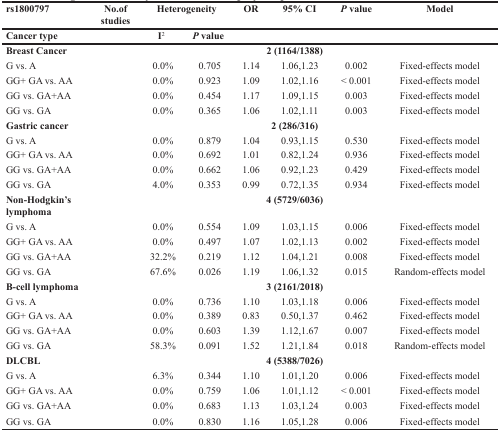
<table><thead><tr><td><b>rs1800797</b></td><td><b>No.ofstudies</b></td><td colspan="3"><b>Heterogeneity</b></td><td><b>OR</b></td><td><b>95% CI</b></td><td><b><i>P</i> value</b></td><td><b>Model</b></td></tr><tr><td colspan="2"><b>Cancer type</b></td><td><b>I<sup>2</sup></b></td><td colspan="2"><b><i>P</i> value</b></td><td colspan="4"></td></tr></thead><tbody><tr><td><b>Breast Cancer</b></td><td colspan="8"><b>2 (1164/1388)</b></td></tr><tr><td>G vs. A</td><td></td><td colspan="2">0.0%</td><td>0.705</td><td>1.14</td><td>1.06,1.23</td><td>0.002</td><td>Fixed-effects model</td></tr><tr><td>GG+ GA vs. AA</td><td></td><td colspan="2">0.0%</td><td>0.923</td><td>1.09</td><td>1.02,1.16</td><td>&lt; 0.001</td><td>Fixed-effects model</td></tr><tr><td>GG vs. GA+AA</td><td></td><td colspan="2">0.0%</td><td>0.454</td><td>1.17</td><td>1.09,1.15</td><td>0.003</td><td>Fixed-effects model</td></tr><tr><td>GG vs. GA</td><td></td><td colspan="2">0.0%</td><td>0.365</td><td>1.06</td><td>1.02,1.11</td><td>0.003</td><td>Fixed-effects model</td></tr><tr><td><b>Gastric cancer</b></td><td colspan="8"><b>2 (286/316)</b></td></tr><tr><td>G vs. A</td><td></td><td colspan="2">0.0%</td><td>0.879</td><td>1.04</td><td>0.93,1.15</td><td>0.530</td><td>Fixed-effects model</td></tr><tr><td>GG+ GA vs. AA</td><td></td><td colspan="2">0.0%</td><td>0.692</td><td>1.01</td><td>0.82,1.24</td><td>0.936</td><td>Fixed-effects model</td></tr><tr><td>GG vs. GA+AA</td><td></td><td colspan="2">0.0%</td><td>0.662</td><td>1.06</td><td>0.92,1.23</td><td>0.429</td><td>Fixed-effects model</td></tr><tr><td>GG vs. GA</td><td></td><td colspan="2">4.0%</td><td>0.353</td><td>0.99</td><td>0.72,1.35</td><td>0.934</td><td>Fixed-effects model</td></tr><tr><td><b>Non-Hodgkin’s lymphoma</b></td><td colspan="8"><b>4 (5729/6036)</b></td></tr><tr><td>G vs. A</td><td></td><td colspan="2">0.0%</td><td>0.554</td><td>1.09</td><td>1.03,1.15</td><td>0.006</td><td>Fixed-effects model</td></tr><tr><td>GG+ GA vs. AA</td><td></td><td colspan="2">0.0%</td><td>0.497</td><td>1.07</td><td>1.02,1.13</td><td>0.002</td><td>Fixed-effects model</td></tr><tr><td>GG vs. GA+AA</td><td></td><td colspan="2">32.2%</td><td>0.219</td><td>1.12</td><td>1.04,1.21</td><td>0.008</td><td>Fixed-effects model</td></tr><tr><td>GG vs. GA</td><td></td><td colspan="2">67.6%</td><td>0.026</td><td>1.19</td><td>1.06,1.32</td><td>0.015</td><td>Random-effects model</td></tr><tr><td><b>B-cell lymphoma</b></td><td colspan="8"><b>3 (2161/2018)</b></td></tr><tr><td>G vs. A</td><td></td><td colspan="2">0.0%</td><td>0.736</td><td>1.10</td><td>1.03,1.18</td><td>0.006</td><td>Fixed-effects model</td></tr><tr><td>GG+ GA vs. AA</td><td></td><td colspan="2">0.0%</td><td>0.389</td><td>0.83</td><td>0.50,1.37</td><td>0.462</td><td>Fixed-effects model</td></tr><tr><td>GG vs. GA+AA</td><td></td><td colspan="2">0.0%</td><td>0.603</td><td>1.39</td><td>1.12,1.67</td><td>0.007</td><td>Fixed-effects model</td></tr><tr><td>GG vs. GA</td><td></td><td colspan="2">58.3%</td><td>0.091</td><td>1.52</td><td>1.21,1.84</td><td>0.018</td><td>Random-effects model</td></tr><tr><td><b>DLCBL</b></td><td colspan="8"><b>4 (5388/7026)</b></td></tr><tr><td>G vs. A</td><td></td><td colspan="2">6.3%</td><td>0.344</td><td>1.10</td><td>1.01,1.20</td><td>0.006</td><td>Fixed-effects model</td></tr><tr><td>GG+ GA vs. AA</td><td></td><td colspan="2">0.0%</td><td>0.759</td><td>1.06</td><td>1.01,1.12</td><td>&lt; 0.001</td><td>Fixed-effects model</td></tr><tr><td>GG vs. GA+AA</td><td></td><td colspan="2">0.0%</td><td>0.683</td><td>1.13</td><td>1.03,1.24</td><td>0.003</td><td>Fixed-effects model</td></tr><tr><td>GG vs. GA</td><td></td><td colspan="2">0.0%</td><td>0.830</td><td>1.16</td><td>1.05,1.28</td><td>0.006</td><td>Fixed-effects model</td></tr></tbody></table>